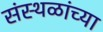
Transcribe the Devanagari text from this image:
संस्थळांच्या